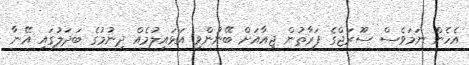
އެހެން ނަމަވެސް ސޫރަޖްގެ ފަރާތުން ޖިއާއަށް ބޭނުންވި އަޅައިލުމެއް ދިނުމުގެ ބަދަލުގައި އޭނާ